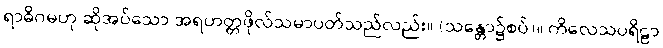
ရာဓိဂမဟု ဆိုအပ်သော အရဟတ္တဖိုလ်သမာပတ်သည်လည်း။ (သန္တော၌စပ်)။ ကိလေသပရိဠာ